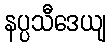
နပ္ပသီဒေယျ